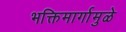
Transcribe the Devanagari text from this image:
भक्तिमार्गामुळे